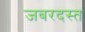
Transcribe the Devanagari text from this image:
जबरदस्त